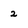
Character: 2